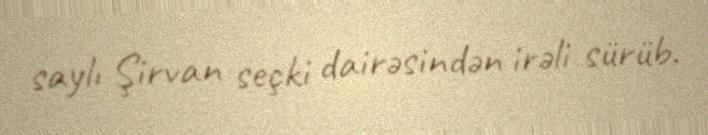
saylı Şirvan seçki dairəsindən irəli sürüb.